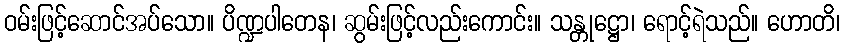
ဝမ်းဖြင့်ဆောင်အပ်သော။ ပိဏ္ဍပါတေန၊ ဆွမ်းဖြင့်လည်းကောင်း။ သန္တုဋ္ဌော၊ ရောင့်ရဲသည်။ ဟောတိ၊